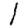
Digit: 1